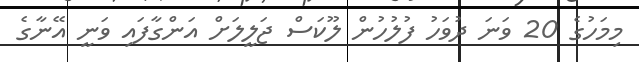
މިމަހުގެ 20 ވަނަ ދުވަހު ފުލުހުން ލޫކަސް ޖަލީލަށް އަންގާފައި ވަނީ އޭނާގެ